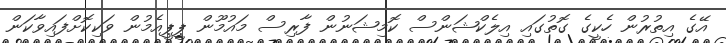
އޭގެ އިތުރުން ހެކީގެ ގޮތުގައި އިލެކްޝަންސް ކޮމިޝަނުން ފާރިސް މައުމޫން ޕީޕީއެމުން ވަކިކޮށްފައިވާކަން